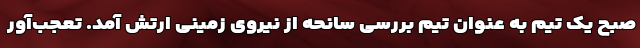
صبح یک تیم به عنوان تیم بررسی سانحه از نیروی زمینی ارتش آمد. تعجب‌آور